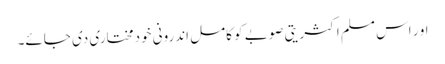
او ر اس مسلم اکثریتی صوبے کو کامل اندرونی خودمختاری دی جائے۔